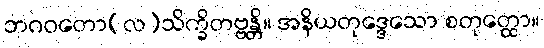
ဘဂဝတော(လ)သိက္ခိတဗ္ဗန္တိ။ အနိယတုဒ္ဒေသော စတုတ္ထော။